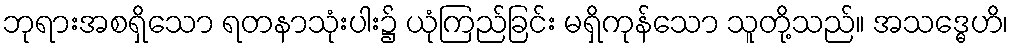
ဘုရားအစရှိသော ရတနာသုံးပါး၌ ယုံကြည်ခြင်း မရှိကုန်သော သူတို့သည်။ အသဒ္ဓေဟိ၊